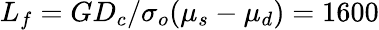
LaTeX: L_{f}=GD_{c}/\sigma_{o}(\mu_{s}-\mu_{d})=1600